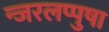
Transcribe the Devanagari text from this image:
न्जरलप्पुषा